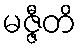
မဇ္ဇီတိ